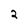
Character: 2